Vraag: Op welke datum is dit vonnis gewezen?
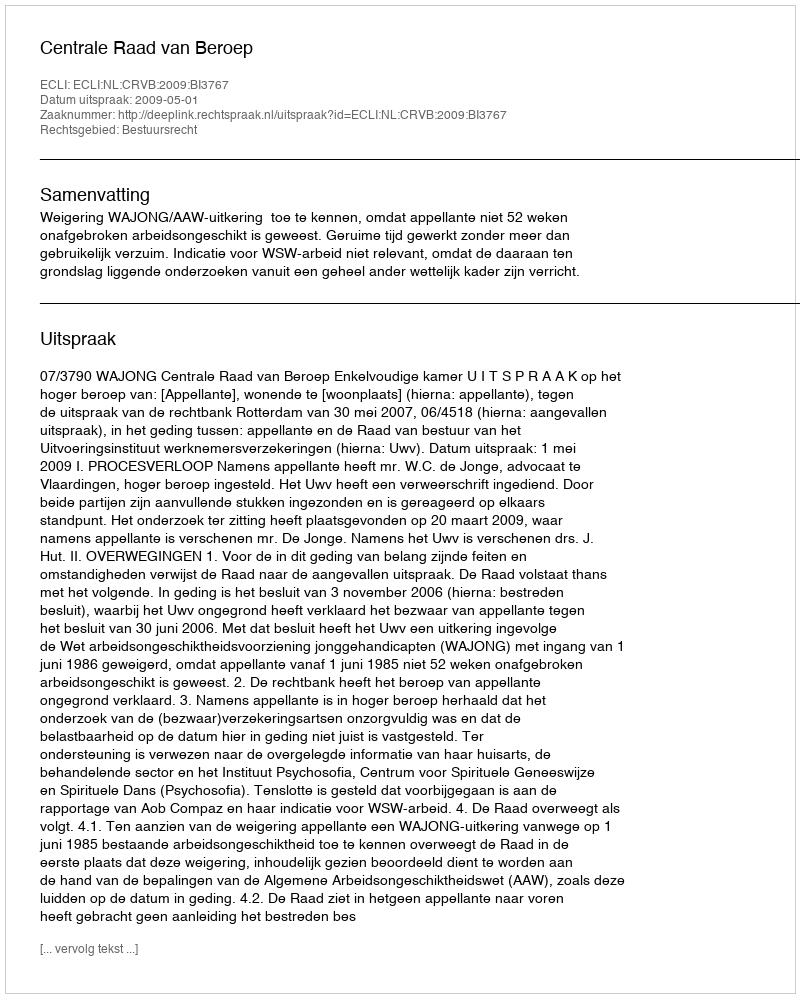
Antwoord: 2009-05-01